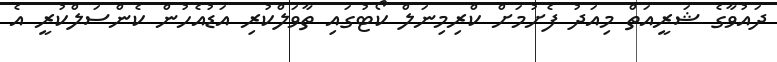
ދައުވާގެ ޝަރީއަތް މިއަދު ފެށުމަށް ކްރިމިނަލް ކޯޓުގައި ތާވަލްކުރި އަޑުއެހުން ކެންސަލްކުރީ އެ